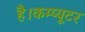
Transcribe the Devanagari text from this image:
है।कम्प्यूटर